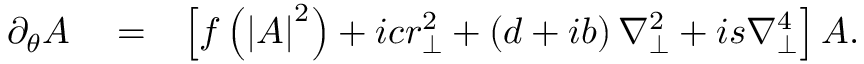
\begin{array} { r l r } { \negthickspace \negthickspace \partial _ { \theta } A } & { { } = } & { \left[ f \left( \left| A \right| ^ { 2 } \right) + i c r _ { \perp } ^ { 2 } + \left( d + i b \right) \nabla _ { \perp } ^ { 2 } + i s \nabla _ { \perp } ^ { 4 } \right] A . } \end{array}